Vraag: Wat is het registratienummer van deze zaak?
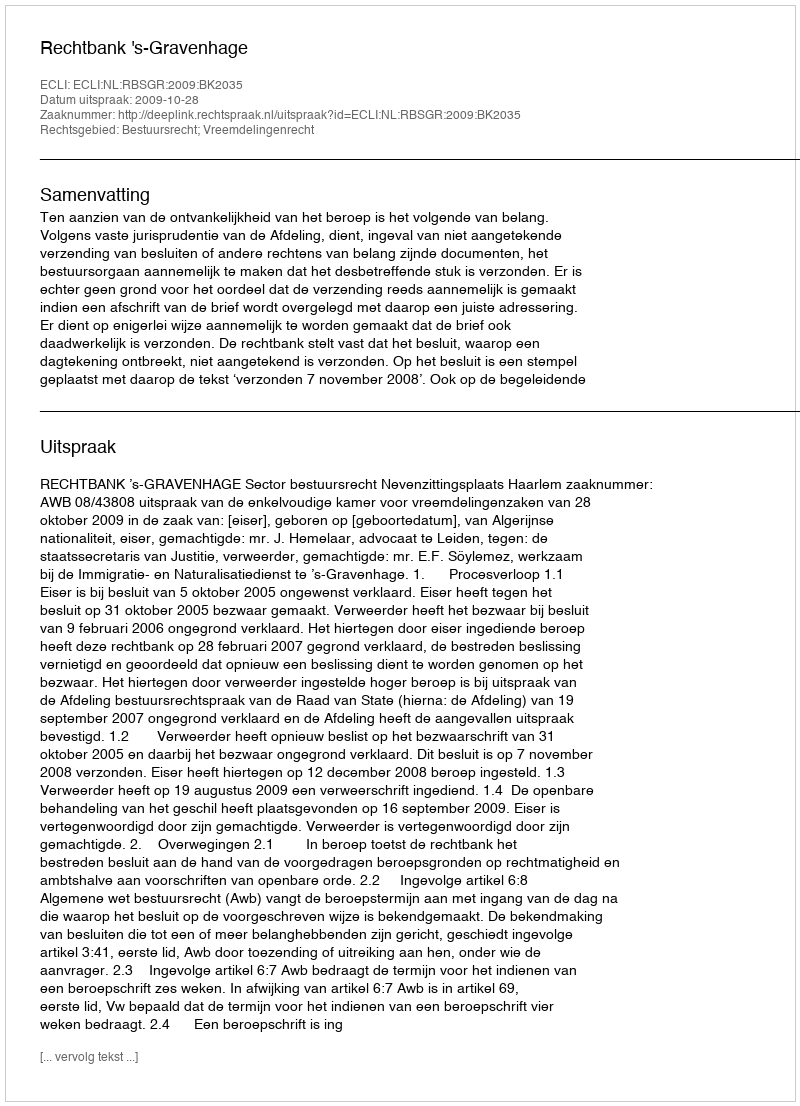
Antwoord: http://deeplink.rechtspraak.nl/uitspraak?id=ECLI:NL:RBSGR:2009:BK2035